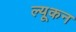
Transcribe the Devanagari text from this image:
ल्यूकन